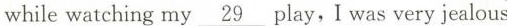
while watching my \underline{ 29} play, I was very jealous